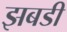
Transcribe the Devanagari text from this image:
झबडी